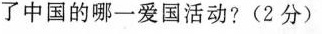
了中国的哪一爱国活动?(2分)